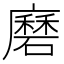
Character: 𭚇